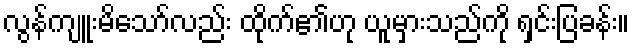
လွန်ကျူးမိသော်လည်း ထိုက်၏ဟု ယူမှားသည်ကို ရှင်းပြခန်း။